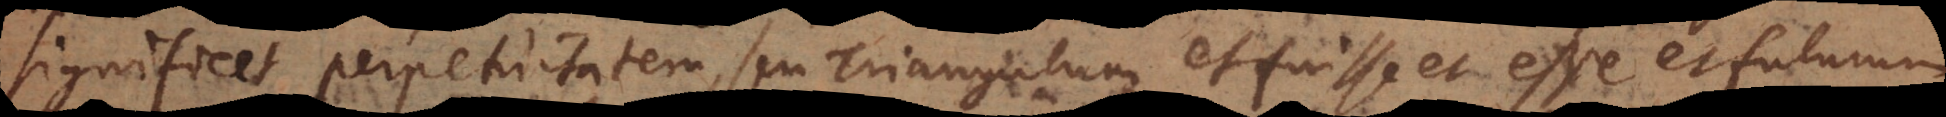
significet perpetuitatem, seu Triangulum et fuisse et esse et futurum